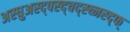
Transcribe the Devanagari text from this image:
अस्धुअस्द्पस्द्चद्स्च्नस्द्फ्